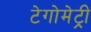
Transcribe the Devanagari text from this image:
टेगोमेट्री